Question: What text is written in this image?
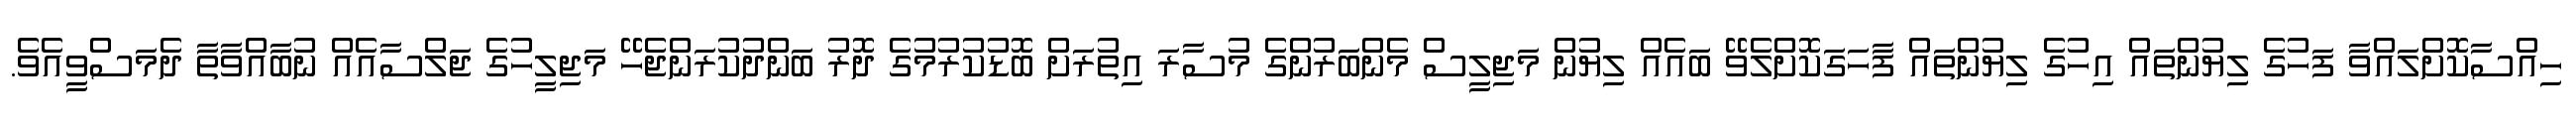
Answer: ހިއްސާކޮށްލައްވާ ފަހުގެ ލިޔުންތައް އިހުގެ ލިޔުންތައް ފާހަގަކޮށްލެވޭ ބައެއް ލިޔުން މަޖިލީސް މެންބަރުންގެ މުސާރަ އިތުރަށް ބޮޑުކުރުމުގެ ދޮރު ބަންދުކުރަންޖެހޭ މަޖިލީހުގެ ޖަލްސާއެއް ނުބާއްވާތާ ދެމަސްވީއެވެ.